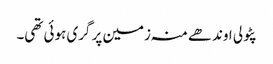
پٹولی اوندھے منہ زمین پر گری ہوئی تھی۔